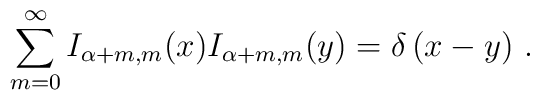
\sum_{m=0}^{\infty }I_{\alpha +m,m}(x)I_{\alpha +m,m}(y)=\delta \left(x-y\right) \,.